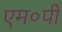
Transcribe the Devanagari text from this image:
एम०पी